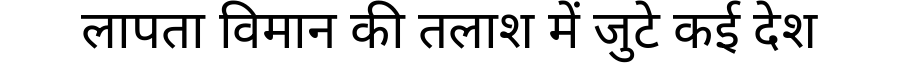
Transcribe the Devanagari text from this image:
लापता विमान की तलाश में जुटे कई देश